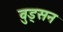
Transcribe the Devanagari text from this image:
वुड्सन